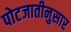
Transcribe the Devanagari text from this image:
पोटजातीनुसार